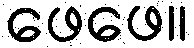
ဖေဖေ။